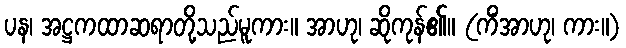
ပန၊ အဋ္ဌကထာဆရာတို့သည်မူကား။ အာဟု၊ ဆိုကုန်၏။ (ကိံအာဟု၊ ကား။)